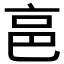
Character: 𠅔